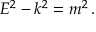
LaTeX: E ^ { 2 } - k ^ { 2 } = m ^ { 2 } \, .